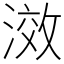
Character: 滧